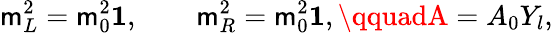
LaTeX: \mathsf{m}_{L}^{2}=\mathsf{m}_{0}^{2}\mathbf{{1}},\qquad\mathsf{m}_{R}^{2}=\mathsf{m}_{0}^{2}\mathbf{{1}},\qquadA=A_{0}Y_{l},